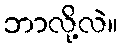
ဘာလို့လဲ။